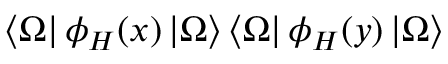
\left< \Omega \right| \phi _ { H } ( x ) \left| \Omega \right> \left< \Omega \right| \phi _ { H } ( y ) \left| \Omega \right>